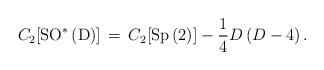
\begin{align*}C_{2}[\mathrm{SO^{\ast }\left( D\right) }]\,=\,C_{2}[\mathrm{Sp\left(2\right) }]-\frac{1}{4}D\left( D-4\right) . \end{align*}